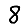
Digit: 8